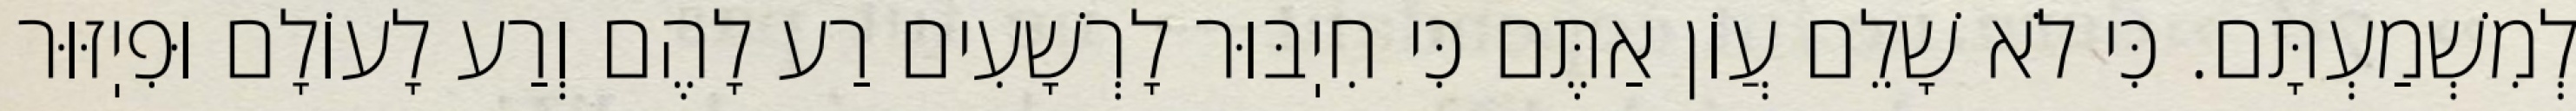
לְמִשְׁמַעְתָּם. כִּי לֹא שָׁלֵם עֲוֹן אַתֶּם כִּי חִיֽבּוּר לָרְשָׁעִים רַע לָהֶם וְרַע לָעוֹלָם וּפִיֽזּוּר